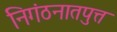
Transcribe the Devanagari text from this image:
निगंठनातपुत्त